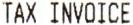
TAX INVOICE